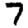
Digit: 7